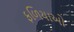
ફળિયાઓ